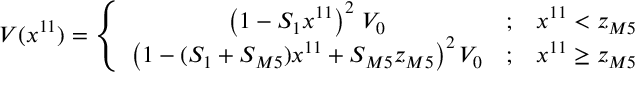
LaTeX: V ( x ^ { 1 1 } ) = \left\{ \begin{array} { c c c } { { \left( 1 - { \cal S } _ { 1 } x ^ { 1 1 } \right) ^ { 2 } \, V _ { 0 } } } & { { ; } } & { { x ^ { 1 1 } < z _ { M 5 } } } \\ { { \big ( 1 - ( { \cal S } _ { 1 } + { \cal S } _ { M 5 } ) x ^ { 1 1 } + { \cal S } _ { M 5 } z _ { M 5 } \big ) ^ { 2 } \, V _ { 0 } } } & { { ; } } & { { x ^ { 1 1 } \ge z _ { M 5 } } } \end{array} \right.